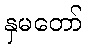
နှမတော်